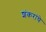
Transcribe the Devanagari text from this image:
शंकरांचे